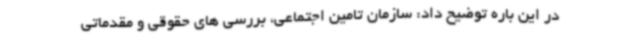
در این باره توضیح داد: سازمان تامین اجتماعی، بررسی های حقوقی و مقدماتی